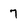
Character: 7